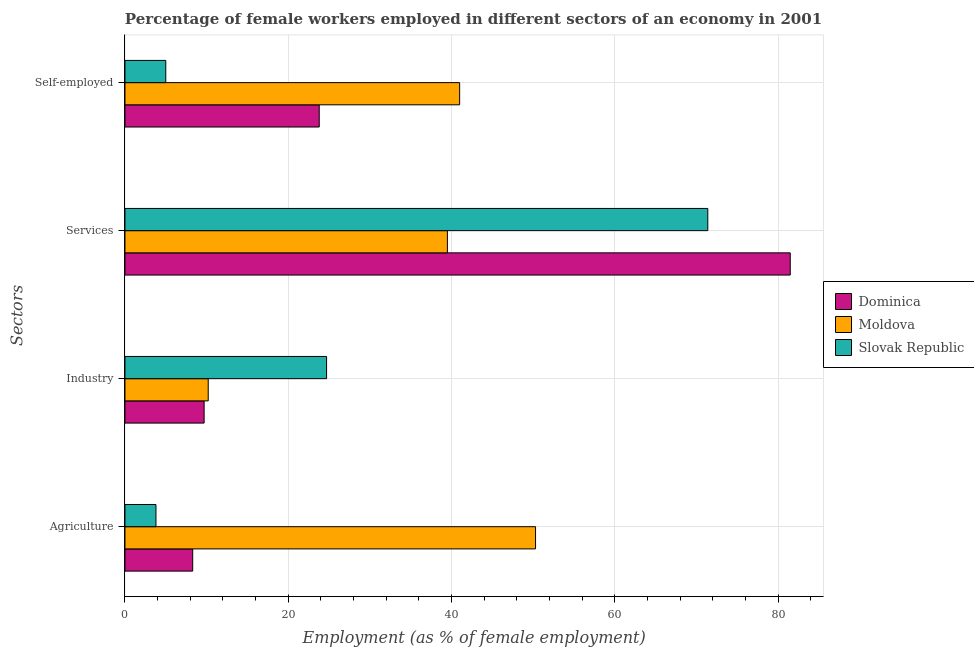
| Sectors | Dominica | Moldova | Slovak Republic |
 | --- | --- | --- | --- |
 | Agriculture | 8.3 | 50.3 | 3.8 |
 | Industry | 9.7 | 10.2 | 24.7 |
 | Services | 81.5 | 39.5 | 71.4 |
 | Self-employed | 23.8 | 41 | 5 |